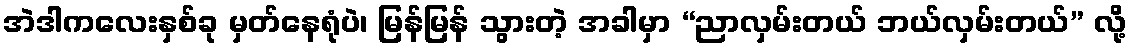
အဲဒါကလေးနှစ်ခု မှတ်နေရုံပဲ၊ မြန်မြန် သွားတဲ့ အခါမှာ “ညာလှမ်းတယ် ဘယ်လှမ်းတယ်” လို့